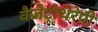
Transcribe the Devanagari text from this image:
वैजेटोथेरेपी